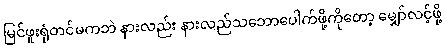
မြင်ဖူးရုံတင်မကဘဲ နားလည်း နားလည်သဘောပေါက်ဖို့ကိုတော့ မျှော်လင့်ဖို့